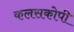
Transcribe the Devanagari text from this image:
कलसकोपी